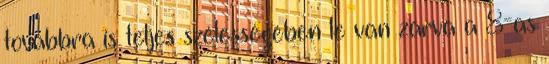
továbbra is teljes szélességében le van zárva a 8-as